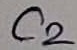
Text: C2